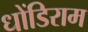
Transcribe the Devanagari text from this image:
धोंडिराम